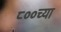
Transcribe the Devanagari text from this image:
८००च्या